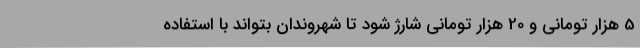
5 هزار تومانی و 20 هزار تومانی شارژ شود تا شهروندان بتواند با استفاده